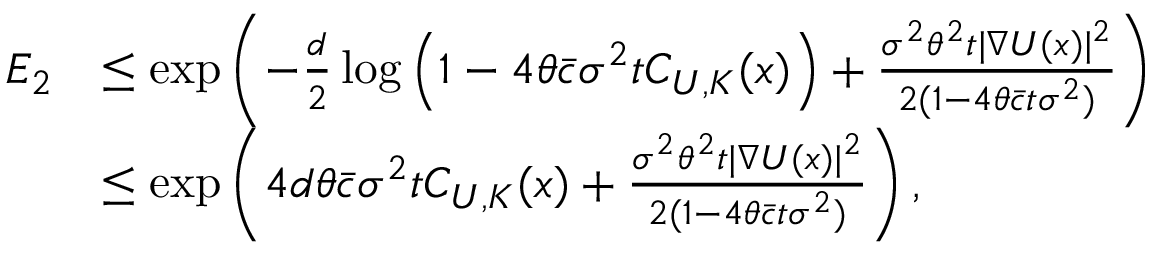
\begin{array} { r l } { E _ { 2 } } & { \le \exp \left( - \frac { d } { 2 } \log \left( 1 - 4 \theta \bar { c } \sigma ^ { 2 } t C _ { U , K } ( x ) \right) + \frac { \sigma ^ { 2 } \theta ^ { 2 } t | \nabla U ( x ) | ^ { 2 } } { 2 ( 1 - 4 \theta \bar { c } t \sigma ^ { 2 } ) } \right) } \\ & { \le \exp \left( 4 d \theta \bar { c } \sigma ^ { 2 } t C _ { U , K } ( x ) + \frac { \sigma ^ { 2 } \theta ^ { 2 } t | \nabla U ( x ) | ^ { 2 } } { 2 ( 1 - 4 \theta \bar { c } t \sigma ^ { 2 } ) } \right) , } \end{array}